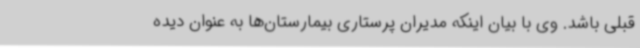
قبلی باشد. وی با بیان اینکه مدیران پرستاری بیمارستان‌ها به عنوان دیده